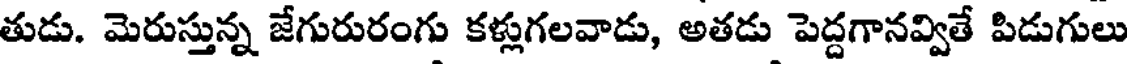
తుడు. మెరుస్తున్న జేగురురంగు కళ్లుగలవాడు, అతడు పెద్దగానవ్వితే పిడుగులు